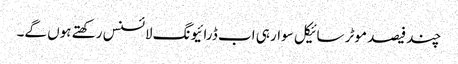
چند فیصد موٹر سائیکل سوار ہی اب ڈرائیونگ لائسنس رکھتے ہوں گے۔